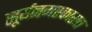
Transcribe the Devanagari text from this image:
सूर्यनमस्कारात